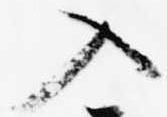
入